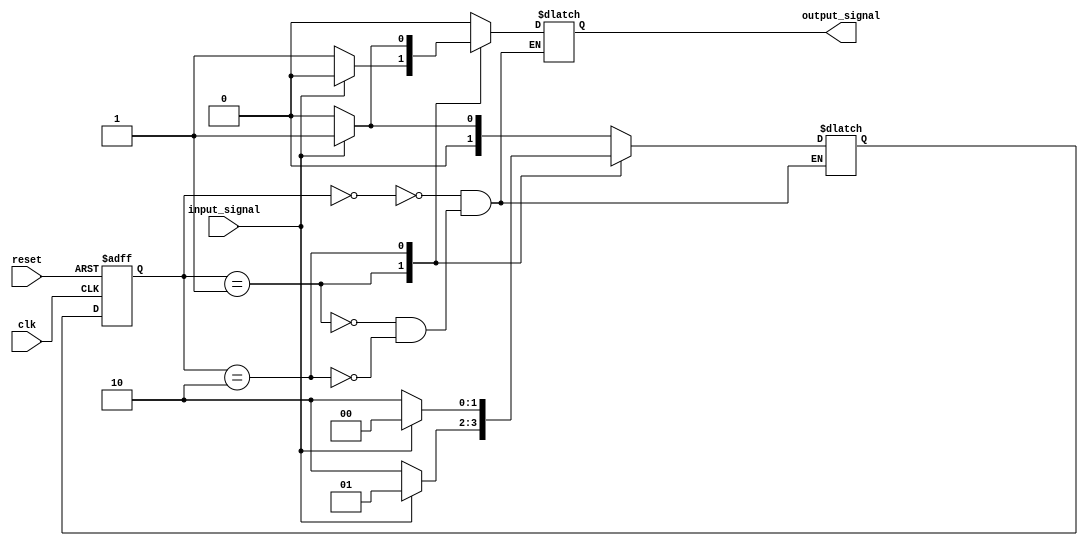
module Mealy_State_Machine_with_Wait_States (
    input clk,
    input reset,
    input input_signal,
    output reg output_signal
);

// State enumeration
parameter WAIT_STATE = 2'b00;
parameter STATE_1 = 2'b01;
parameter STATE_2 = 2'b10;

// State register
reg [1:0] state_reg, next_state_reg;

always @(posedge clk or posedge reset) begin
    if (reset) begin
        state_reg <= WAIT_STATE;
    end else begin
        state_reg <= next_state_reg;
    end
end

// Output logic
always @(state_reg or input_signal) begin
    case (state_reg)
        WAIT_STATE: begin
            if (input_signal == 1'b1) begin
                next_state_reg = STATE_1;
                output_signal = 1'b0;
            end else begin
                next_state_reg = WAIT_STATE;
                output_signal = 1'b0;
            end
        end

        STATE_1: begin
            if (input_signal == 1'b0) begin
                next_state_reg = STATE_2;
                output_signal = 1'b1;
            end else begin
                next_state_reg = STATE_1;
                output_signal = 1'b0;
            end
        end

        STATE_2: begin
            if (input_signal == 1'b1) begin
                next_state_reg = WAIT_STATE;
                output_signal = 1'b1;
            end else begin
                next_state_reg = STATE_2;
                output_signal = 1'b0;
            end
        end
    endcase
end

endmodule